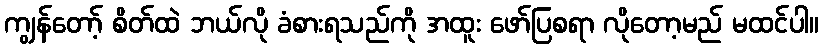
ကျွန်တော့် စိတ်ထဲ ဘယ်လို ခံစားရသည်ကို အထူး ဖော်ပြစရာ လိုတော့မည် မထင်ပါ။